Report on vaccination for the Province of Oudh 1871 -
Year: 1871
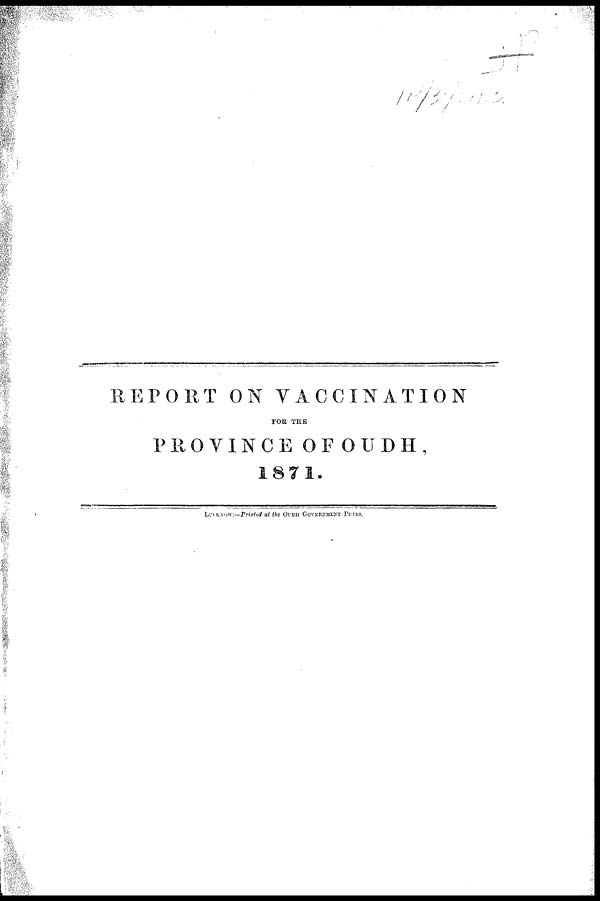
REPORT ON VACCINATION
FOR THE
PROVINCE OF OUDH,
1871.
LUCKNOW:—Printed at the OUDH GOVERNMENT PERSS.